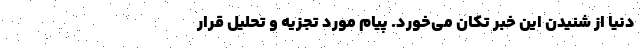
دنیا از شنیدن این خبر تکان می‌خورد. پیام مورد تجزیه و تحلیل قرار